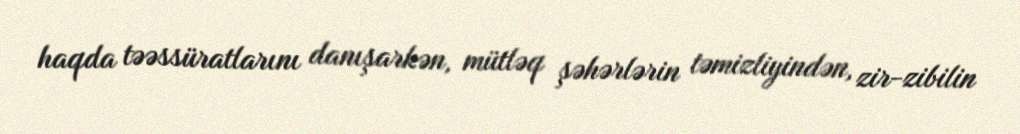
haqda təəssüratlarını danışarkən, mütləq şəhərlərin təmizliyindən, zir-zibilin